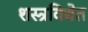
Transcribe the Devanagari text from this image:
शस्त्रविद्येत